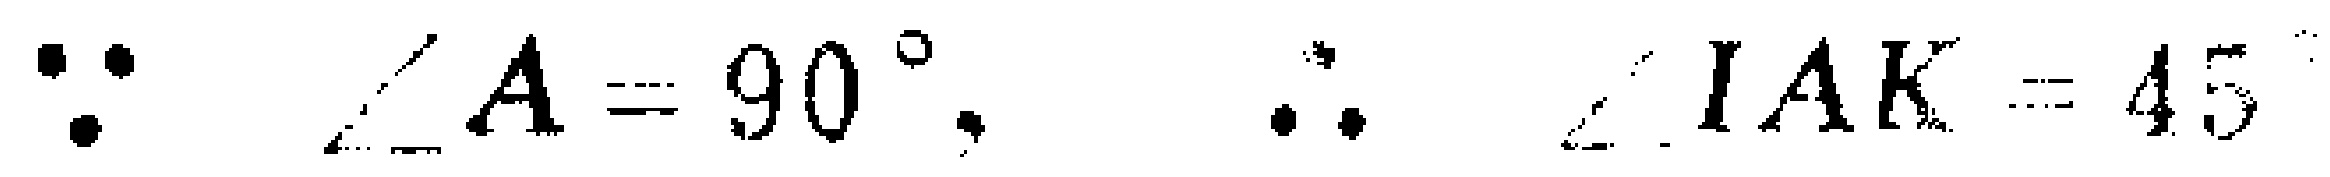
\(\because \angle A = 90^{\circ},\ \therefore \angle IAK = 45\)